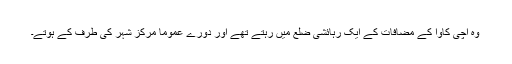
وہ اچی کاوا کے مضافات کے ایک رہائشی ضلع میں رہتے تھے اور دورے عموماً مرکزِ شہر کی طرف کے ہوتے۔